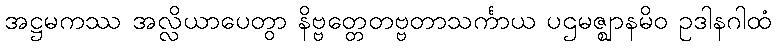
အဋ္ဌမကဿ အလ္လိယာပေတွာ နိဗ္ဗတ္တေတဗ္ဗတာသင်္ကာယ ပဌမဇ္ဈာနမိဝ ဥဒါနဂါထံ